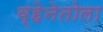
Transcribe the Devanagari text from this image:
व्हेनेतोला